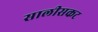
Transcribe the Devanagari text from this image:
सालीसकट